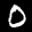
Label: 0